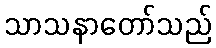
သာသနာတော်သည်